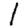
Digit: 1